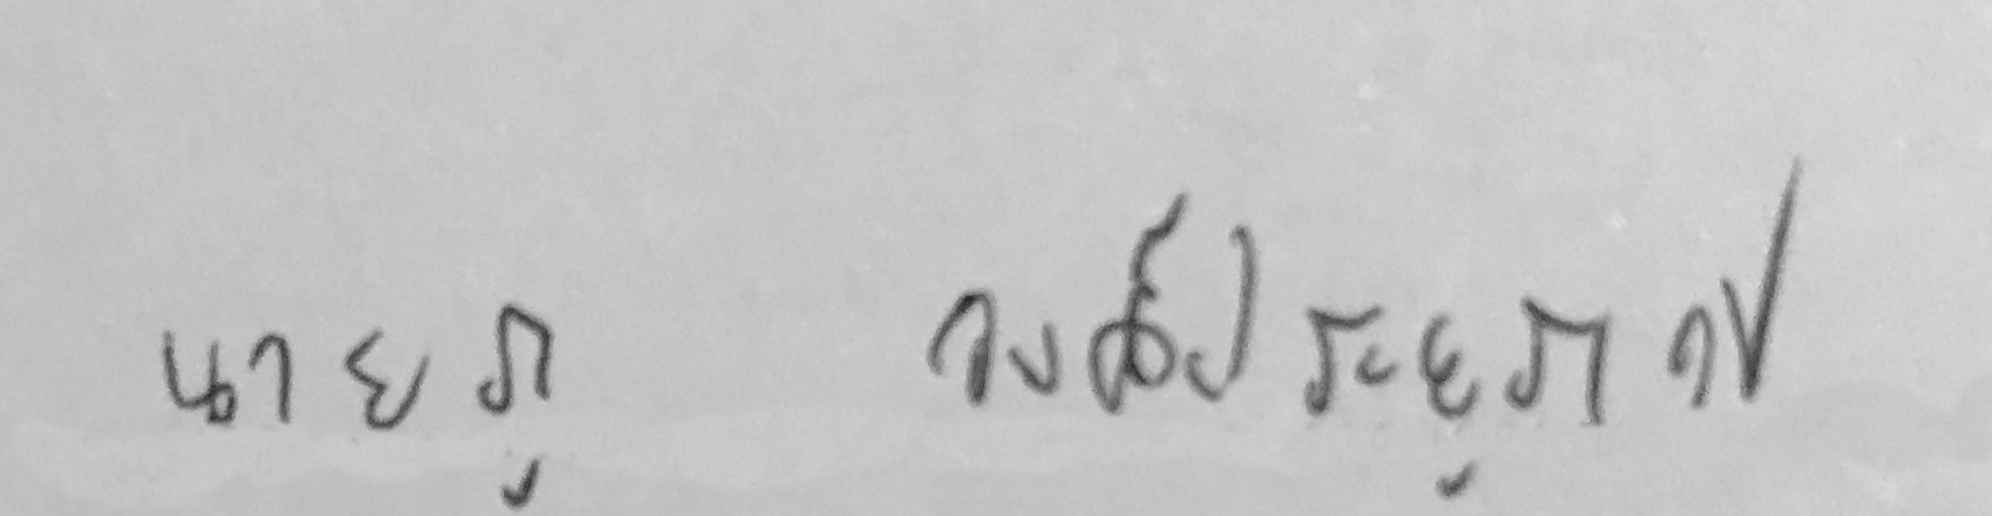
นายภู วงศ์ประยูรเวช